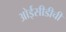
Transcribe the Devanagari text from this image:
ओईसीडीची